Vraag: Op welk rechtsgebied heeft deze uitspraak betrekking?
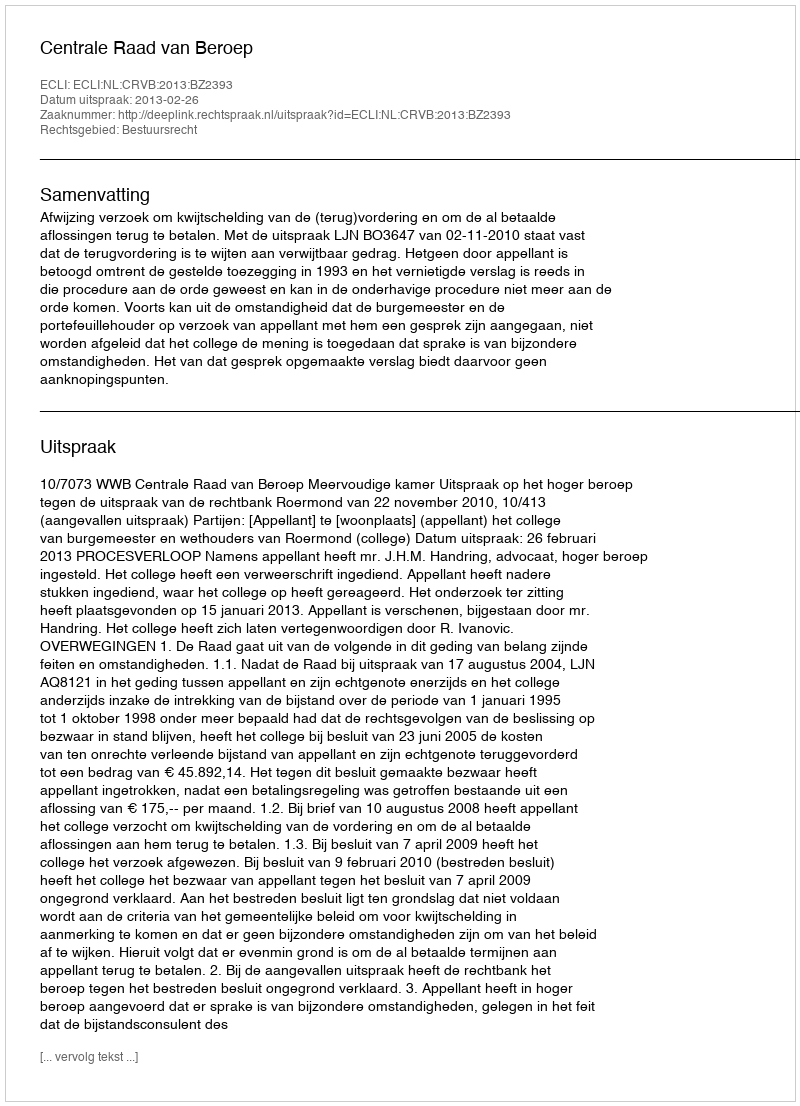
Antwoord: Bestuursrecht